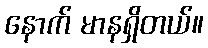
နောက် မာနရှိတယ်။